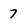
Character: 7